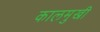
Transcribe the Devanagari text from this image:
कालमुखी